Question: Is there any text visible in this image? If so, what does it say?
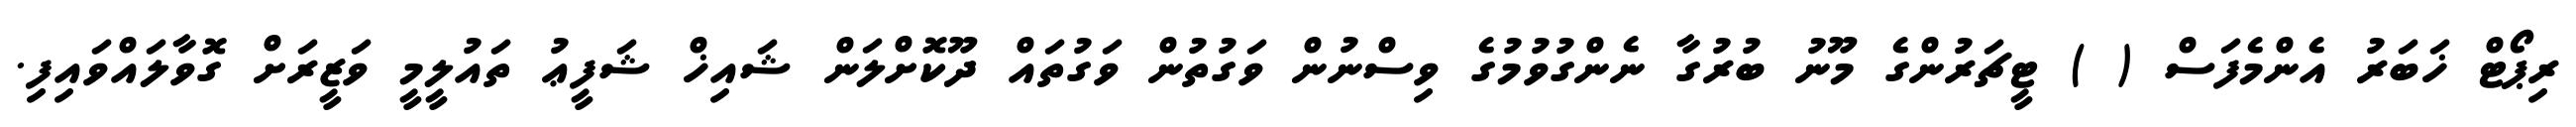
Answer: ރިޕޯޓް ޚަބަރު އެންމެފަސް ( ) ޓީޗަރުންގެ މޫނު ބުރުގާ ނެންގުވުމުގެ ވިސްނުން ވަގުތުން ވަގުތައް ދޫކޮށްލަން ޝައިޚް ޝަފީޢު ތައުލީމީ ވަޒީރަށް ގޮވާލައްވައިފި.